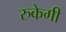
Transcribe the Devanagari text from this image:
रुकेगी